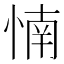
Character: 𰑳